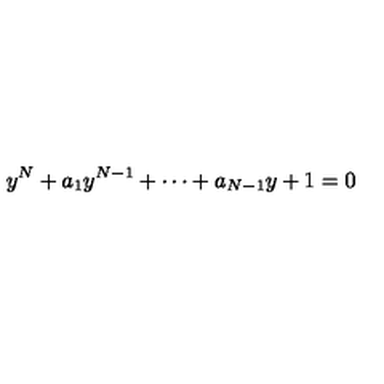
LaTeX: y ^ { N } + a _ { 1 } y ^ { N - 1 } + \cdots + a _ { N - 1 } y + 1 = 0